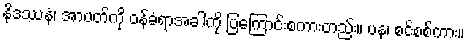
နိဒဿနံ၊ အာပတ်ကို ဝန်ခံရာအခါကို ပြကြောင်းစကားတည်း။ ပန၊ စင်စစ်ကား။